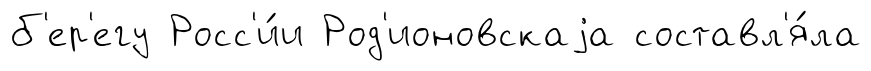
б'ер'егу Росс'и́и Род'ионовскаjа составл'я́ла